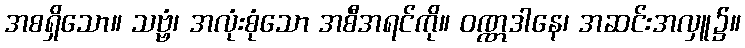
အစရှိသော။ သဗ္ဗံ၊ အလုံးစုံသော အစီအရင်ကို။ ဝဏ္ဏဒါနေ၊ အဆင်းအလှူ၌။